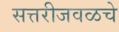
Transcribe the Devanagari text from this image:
सत्तरीजवळचे